Civil Veterinary Department Bihar reports 1940-50 - 1940-1950
Year: 1940
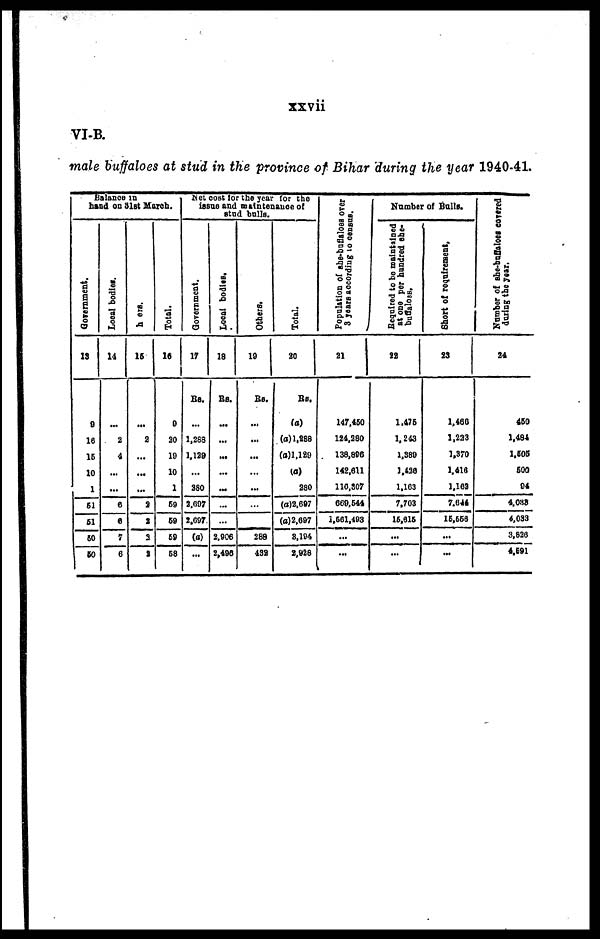
xxvii
VI-B.
male buffaloes at stud in the province of Bihar during the year 1940-41.
Balance in
hand on 31st March.
Government.
13
9
18
15
10
1
51
61
60
60
Local bodies.
14
...
2
4
...
...
6
6
7
6
here.
15
...
2
...
...
...
2
3
2
2
Total.
16
9
20
10
10
1
69
59
59
68
Net Cost for the year for the
issue and maintenance of
stud balls.
Government.
17
RS.
...
1,288
1,129
...
280
2.007
2,007
(a)
...
Local bodies.
18
RS.
...
...
...
...
...
...
...
2.906
2,495
Others.
19
Rs.
...
...
...
...
...
...
...
288
432
Total.
20
RS.
(a)
(a) 1,888
(a)1,129
(a)
280
(a)2.697
(a)2,697
8,194
2,928
Population of she-buflaloes Over
3years according 10 census.
21
147,460
124,280
138,806
142,611
110,307
609,644
1,661,493
...
...
Number of Balls.
Required
to be maintained
at one per hundred she-
22
1,475
1,243
1,380
1,420
1,163
7,703
16,616
...
...
Short of requirement.
23
1,460
1,223
1.370
1,416
1,162
7.644
15,556
...
...
Number
of she-buffaloes covered
during
the year.
24
450
1,484
1,505
500
94
4,038
4,033
3,826
4,691